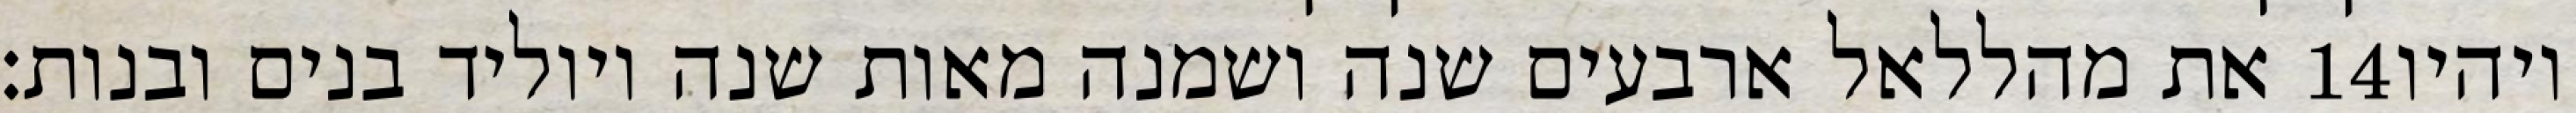
את מהללאל ארבעים שנה ושמנה מאות שנה ויוליד בנים ובנות׃ ‎14‏ ויהיו